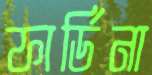
ফার্ডিনা